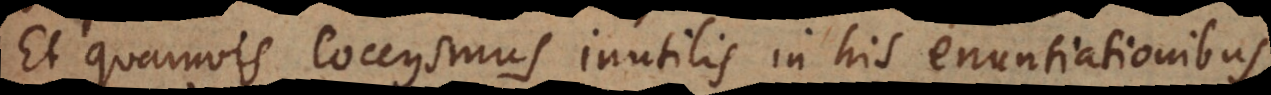
Et quamvis coccysmus inutilis in his enuntiationibus